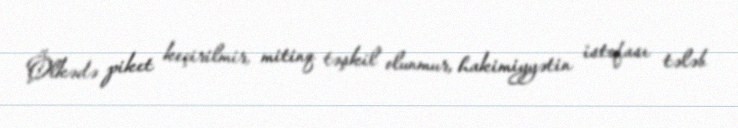
Ölkədə piket keçirilmir, mitinq təşkil olunmur, hakimiyyətin istefası tələb